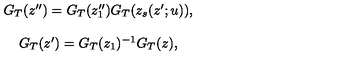
\begin{array} { c } { G _ { T } ( z ^ { \prime \prime } ) = G _ { T } ( z _ { 1 } ^ { \prime \prime } ) G _ { T } ( z _ { s } ( z ^ { \prime } ; u ) ) , } \\ { { } } \\ { G _ { T } ( z ^ { \prime } ) = G _ { T } ( z _ { 1 } ) ^ { - 1 } G _ { T } ( z ) , } \\ \end{array}